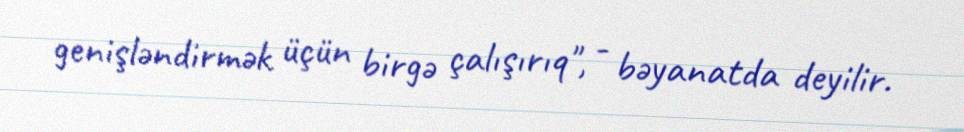
genişləndirmək üçün birgə çalışırıq", - bəyanatda deyilir.